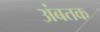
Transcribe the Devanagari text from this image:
अंबतक